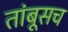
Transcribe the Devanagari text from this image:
तांबूसच